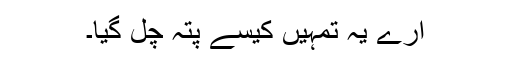
ارے یہ تمہیں کیسے پتہ چل گیا۔